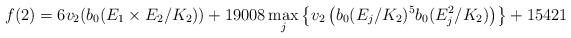
LaTeX: \begin{align*}f(2) = 6 v_2(b_0(E_1 \times E_2/K_2))+19008 \max_j \left\{v_2\left(b_0(E_j/K_2)^5 b_0(E_j^2/K_2)\right) \right\}+ 15421\end{align*}